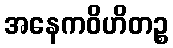
အနေကဝိဟိတဉ္စ